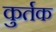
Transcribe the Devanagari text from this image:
कुर्तक